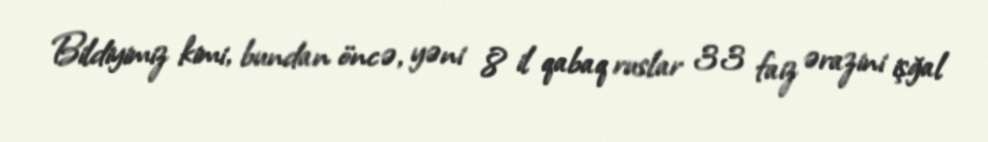
Bildiyimiz kimi, bundan öncə, yəni 8 il qabaq ruslar 33 faiz ərazini işğal